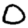
Digit: 0